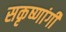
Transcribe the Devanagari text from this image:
सकृष्णांगी